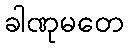
ခါဏုမတေ